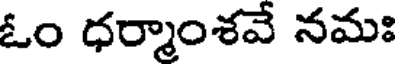
ఓం ధర్మాంశవే నమః